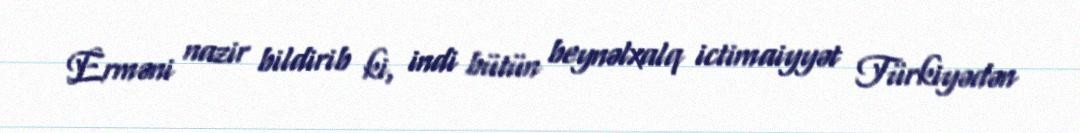
Erməni nazir bildirib ki, indi bütün beynəlxalq ictimaiyyət Türkiyədən